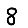
Digit: 8